Lunatic asylums Madras 1892-1911 - 1892-1911
Year: 1892
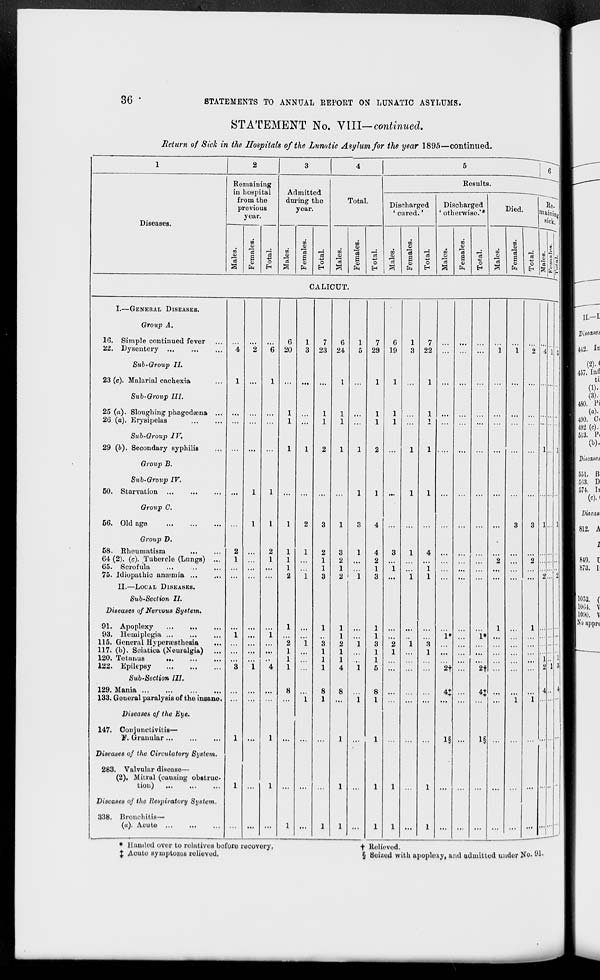
36 *
STATEMENTS TO ANNUAL REPORT ON LUNATIC ASYLUMS.
STATEMENT No. VIII— continued.
Return of Sick in the Hospitals of the Lunatic Asylum for the year 1895—continued.
2
Diseases.
Remaining
in hospital
from the
previous
year.
to
n o
fa
o
Admitted
during the
year.
v.-
S
fa
o
Total.
in
09
GO
5
'3
6
HI
fa
Results.
Discharged
' cured.'
o
en
tn
0
fa
o
Discharged
otherwise.'*
u:
O
"5
09
0)
a
fa
o
H
Died.
in
in
o
in
S
o
fa
o
He.
aini n J|
Rick "
a . ?
5 k
CALICUT.
I.—GENERAL DISEASES.
Group A.
1G. Simple continued fever
22. Dysentery ...
Sttb-Group II.
23 (c). Malarial cachexia
Sub-Group III.
25 (a). Sloughing phagedaena
2G (a). Erysipelas
Sub-Group IV.
29 (6). Secondary syphilis
Group B.
50.
Sub-Group IV.
Starvation
Group C.
56. Old age
Group D.
58. Rheumatism
64 (2). (c). Tubercle (Lungs)
65. Scrofula
75. Idiopathic amemia ...
II.—LOCAL DISEASES.
Sub-Section II.
Diseases of Nervous System.
91. Apoplexy
93. Huiniplegia ...
115. General Hyperaesthesia
117. (b). Sciatica (Neuralgia)
120. Tetanus
122. Epilepsy
Sub-Section III.
129. Mania ...
133. Goueral paralysis of the insane.
Diseases of the Eye.
147. Conjunctivitis—
F. Granular
Diseases of the Circulatory System.
283. Valvular disease—
(2). Mitral (causing obstruc-
tion)
Diseases of the Respiratory System.
338. Bronchitis—
(«). Acute
4
6
20
7
23
* Handed over to relatives before recovery,
J Acute symptoms relieved.
6
24
3
2
1
2
7
6
1
7
29 19
3 22 ...
1
1
1 ...
1
1
1
1
1 ...
i
...
2 ...
1
1
1 ...
1
1 ...
4 ...
...
4
3
1
4
2
1
1
1
3
1
1
1
1
i*
3
2
1
3
1
1
1
1 ...
5 ...
2f
8
4t
1
1
1§
1
1
1 ...
1
1 ...
1
...
1*
2f
1§
ll
II 3 I
+ Relieved.
§ Seized with apoplexy, and admitted undor No- 91-